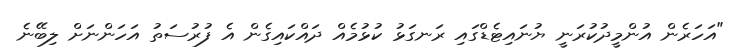
"އަހަރެން އުންމީދުކުރަނީ ޔުނައިޓެޑްގައި ރަނގަޅު ކުޅުމެއް ދައްކައިގެން އެ ފުރުސަތު އަހަންނަށް ލިބޭނެ